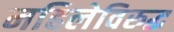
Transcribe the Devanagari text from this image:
महिलेविरुद्ध